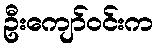
ဦးကျော်ဝင်းက